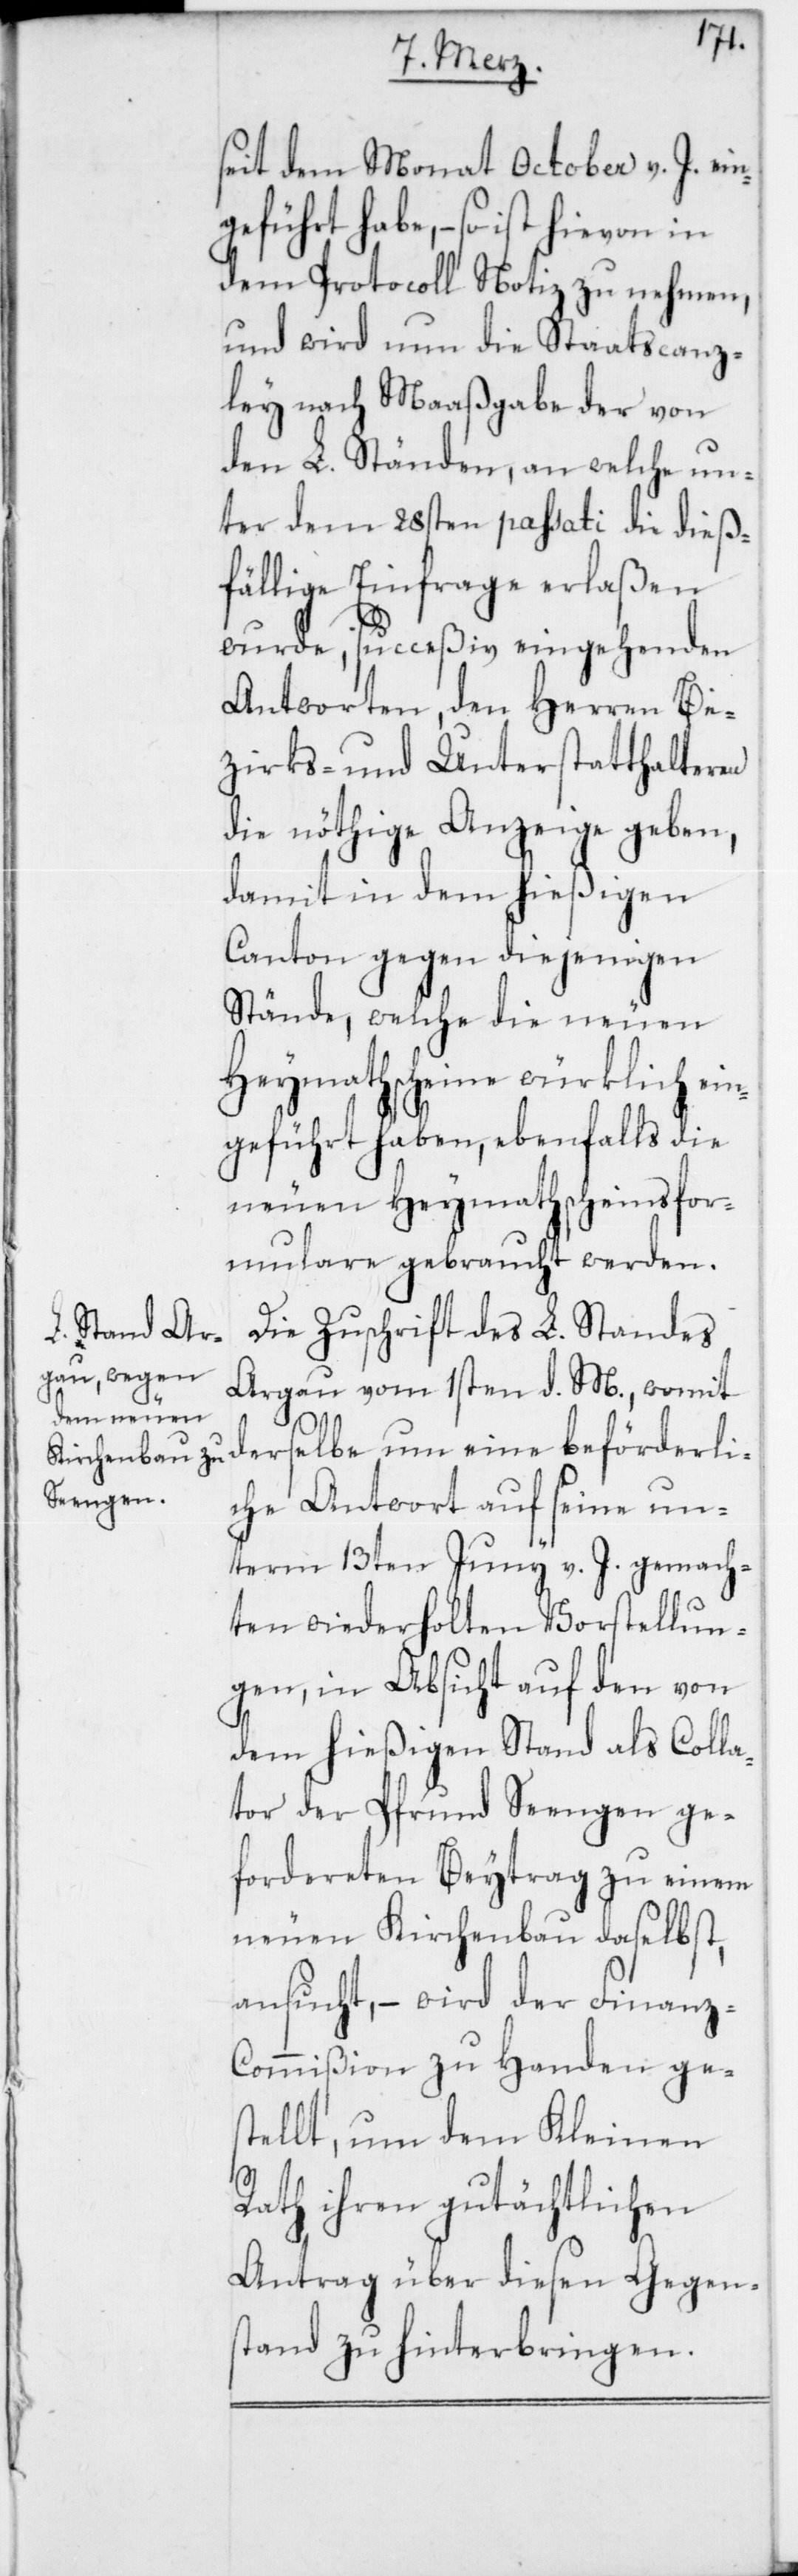
seit dem Monat October v. J. ein¬
geführt habe, – so ist hievon
dem Protocoll Notiz zu nehmen,
und wird nun die Staatscanz¬
ley nach Maaßgabe der von
den L. Ständen, an welche un¬
ter dem 28sten passati die dieß¬
fällige Einfrage erlaßen
wurde, succeßiv eingehenden
Antworten, den Herren Be¬
zirks- und Unterstatthalteren
die nöthige Anzeige geben,
damit in dem hießigen
Canton gegen diejenigen
Stände, welche die neuen
Heymathscheine würklich ei¬
ngeführt haben, ebenfalls die
neuen Heymathscheinsfor¬
mulare gebraucht werden.
Die Zuschrift des L. Standes
Argau vom 1sten d. M., womit
derselbe um eine beförderli¬
che Antwort auf seine un¬
term 13ten Junii v. J. gemach¬
ten wiederholten Vorstellun¬
gen, in Absicht auf den von
dem hießigen Stand als Colla¬
tor der Pfrund Seengen ge¬
fordereten Beytrag zu einem
neuen Kirchenbau daselbst,
ansucht, – wird der Finanz¬
commißion zu Handen ges¬
tellt, um dem Kleinen
Rath ihren gutächtlichen
Antrag über diesen Gegen¬
stand zu hinterbringen.